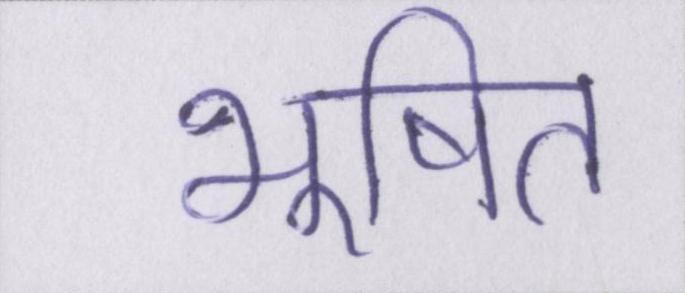
भूषित